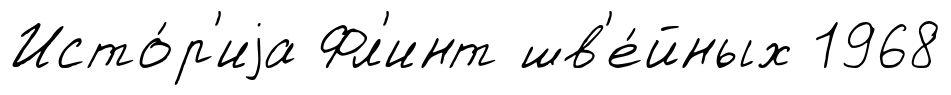
Исто́р'иjа Фл'инт шв'е́йных 1968